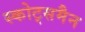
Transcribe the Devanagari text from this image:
स्कोट्समैन